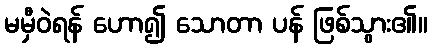
မမှီဝဲရန် ဟော၍ သောတာ ပန် ဖြစ်သွား၏။